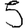
Digit: 5